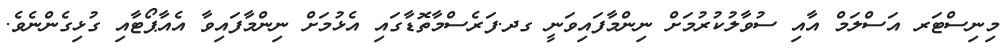
މިނިސްޓަރ އަސްލަމް އާއި ސުވާލުކުރުމަށް ނިންމާފައިވަނީ ގދ.ފަރެސްމާތޮޑާގައި އެޅުމަށް ނިންމާފައިވާ އެއާޕޯޓާއި ގުޅިގެންނެވެ.